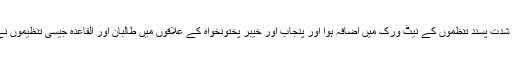
رپورٹ میں بتایا گیا ہے کہ امریکہ میں گیارہ ستمبر کو ہونے والے حملوں کے بعد شدت پسند تنظموں کے نیٹ ورک میں اضافہ ہوا اور پنجاب اور خیبر پختونخواہ کے علاقوں میں طالبان اور القاعدہ جیسی تنظیموں نے اپنی جڑیں مضبوط کیں جس کے بعد پاکستان میں حملوں کا ایک سلسلہ شروع ہوا۔